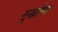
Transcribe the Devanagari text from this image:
सुखोष्ण